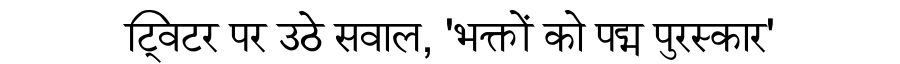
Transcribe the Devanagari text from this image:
ट्विटर पर उठे सवाल, 'भक्तों को पद्म पुरस्कार'